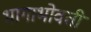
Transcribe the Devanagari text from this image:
भागाभोवती